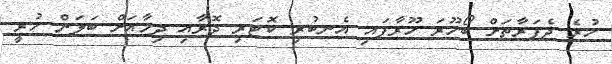
ހުރެ ދެފަރާތަށް ބޯހޫރަ ހޫރާފައި އެނބުރި ކޮޓަރި ދޮރާއި ދިމާއަށް ބަލަން ހުރީ